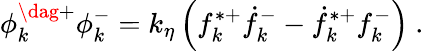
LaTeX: \phi_{k}^{\dag+}\phi_{k}^{-}=k_{\eta}\left(f_{k}^{\ast+}\dot{f}_{k}^{-}-\dot{f}_{k}^{\ast+}{f}_{k}^{-}\right)~.